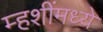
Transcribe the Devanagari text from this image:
म्हशींमध्ये